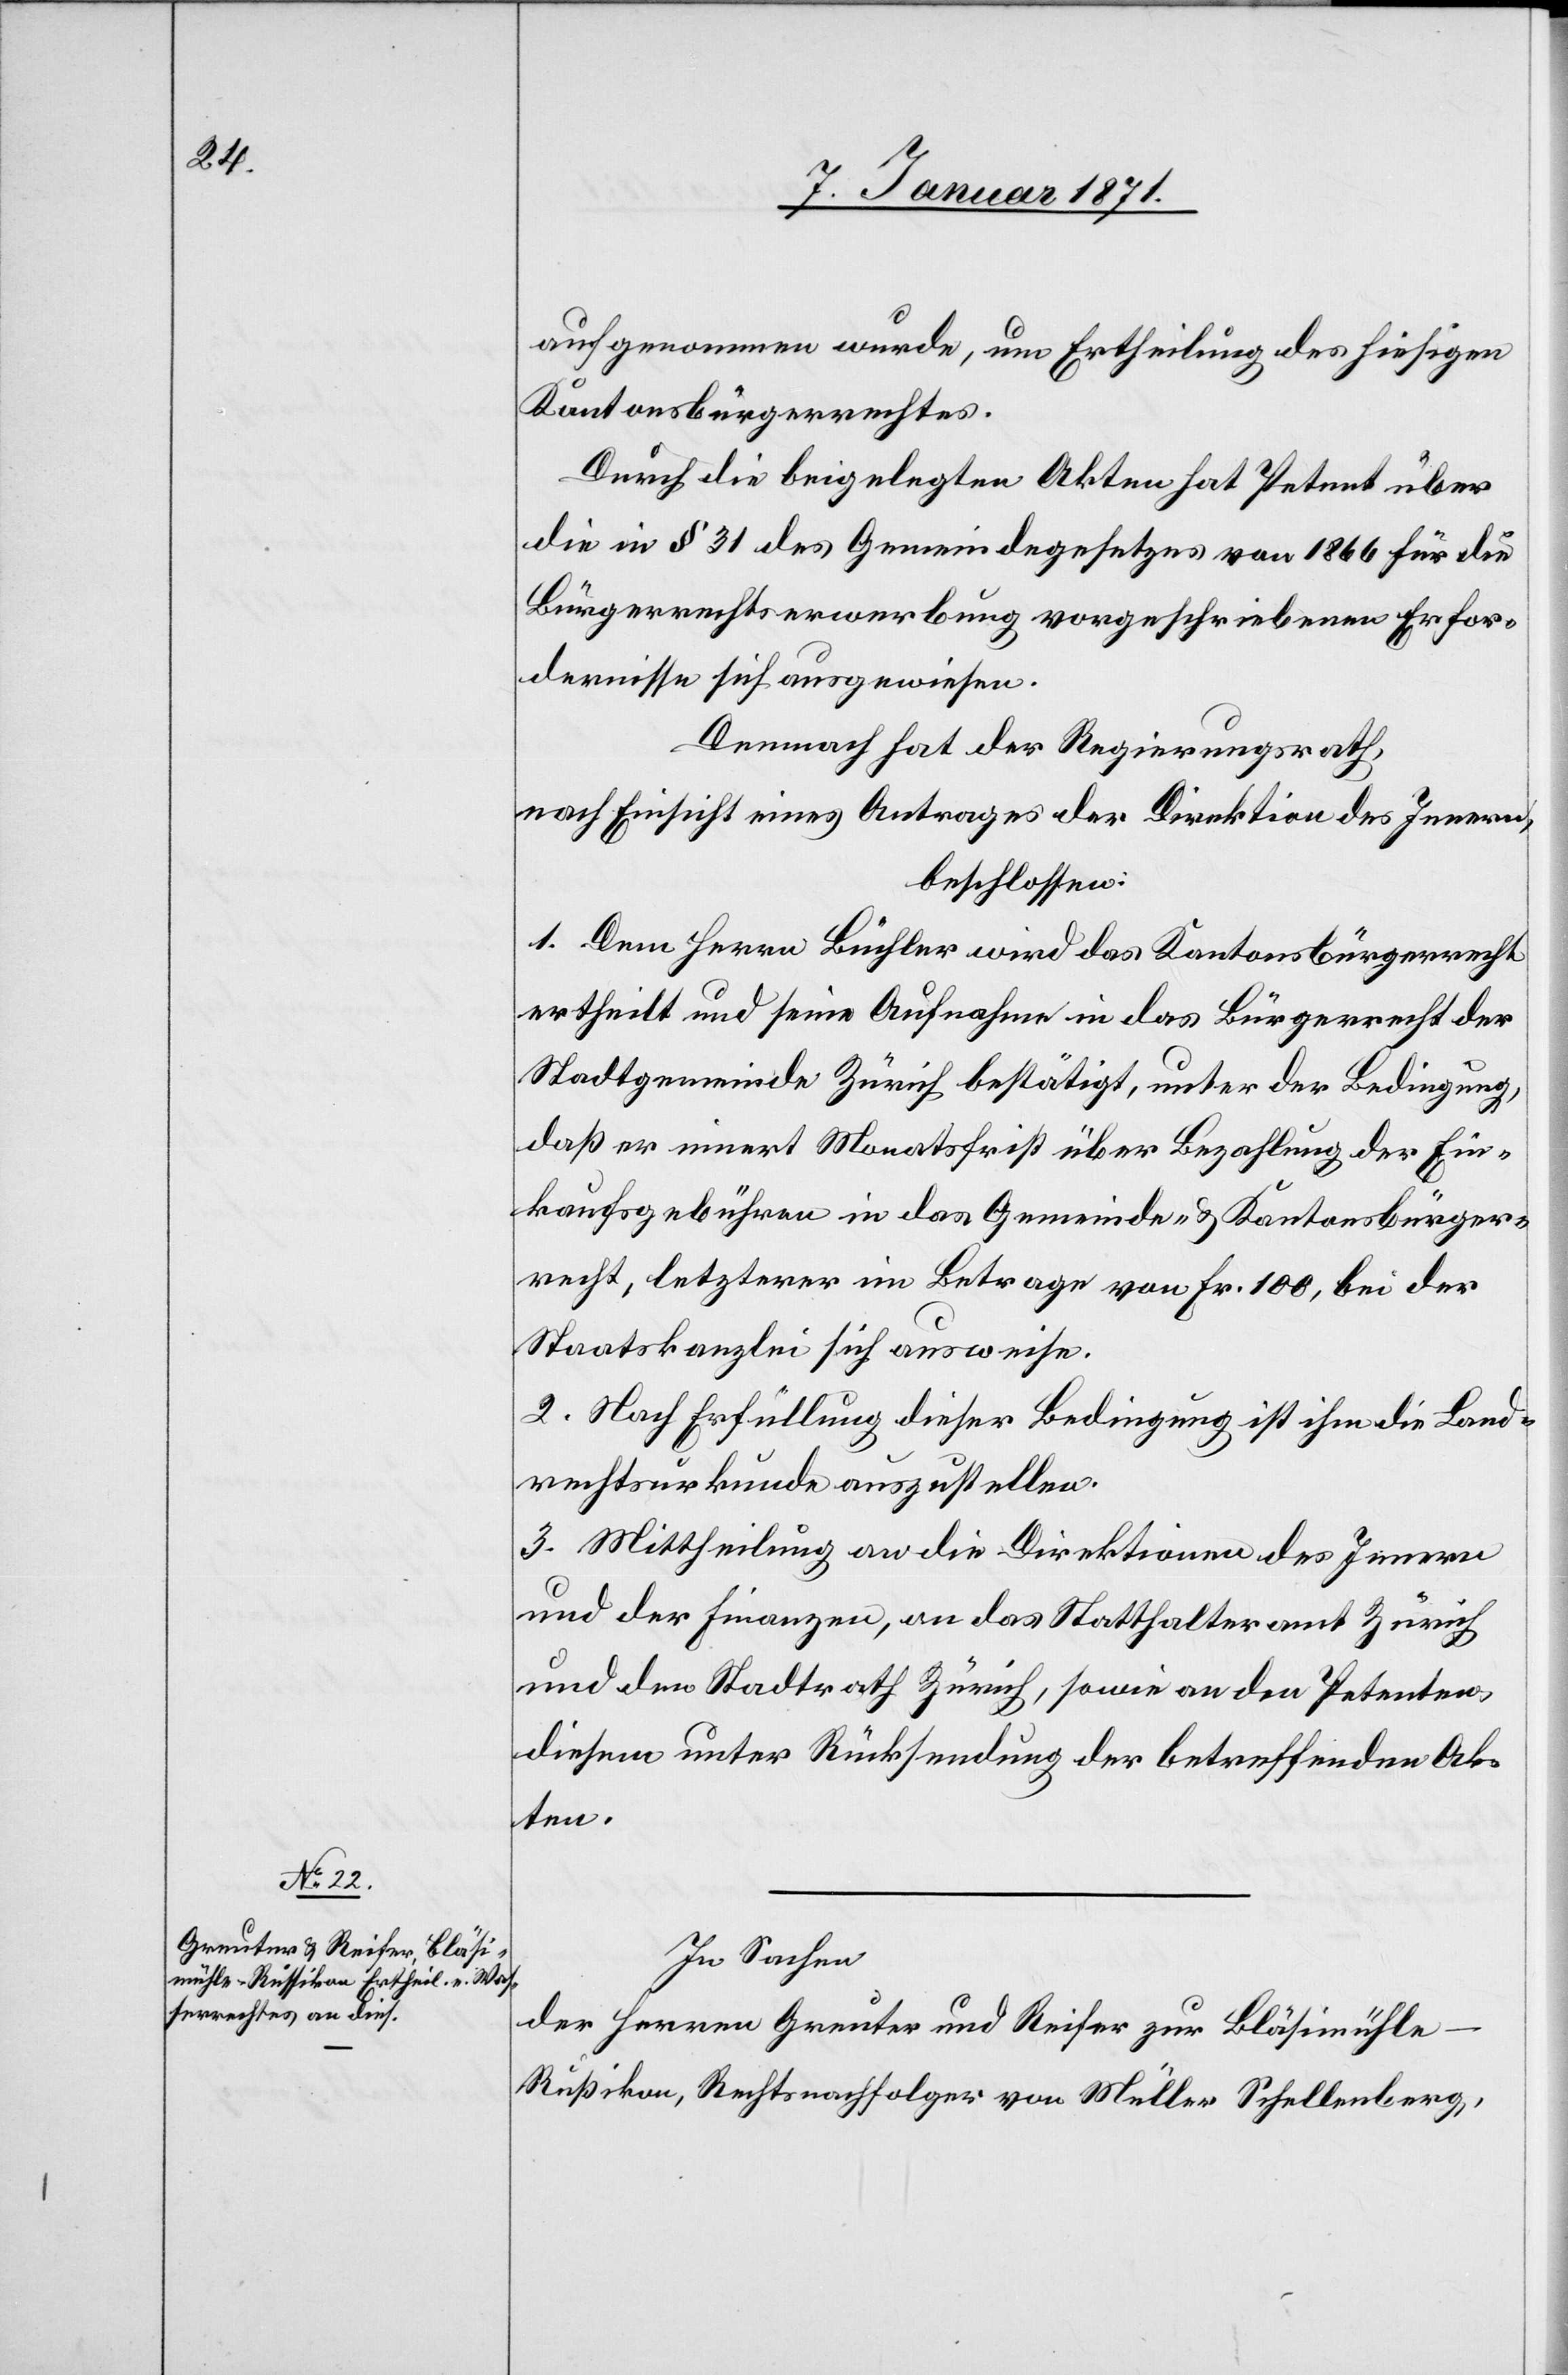
aufgenommen wurde, um Ertheilung des hiesigen
Kantonsbürgerrechtes.
Durch die beigelegten Akten hat Petent über
die in § 31 des Gemeindegesetzes von 1866 für die
Bürgerrechtserwerbung vorgeschriebenen Erfor¬
dernisse sich ausgewiesen.
Demnach hat der Regierungsrath,
nach Einsicht eines Antrages der Direktion des Innern,
beschlossen:
1. Dem Herrn Büchler wird das Kantonsbürgerrecht
ertheilt und seine Aufnahme in das Bürgerrecht der
Stadtgemeinde Zürich bestätigt, unter der Bedingung,
daß er innert Monatsfrist über Bezahlung der Ein¬
kaufsgebühren in das Gemeinde- u. Kantonsbürger¬
recht, letzterer im Betrage von Fr. 100, bei der
Staatskanzlei sich ausweise.
2. Nach Erfüllung dieser Bedingung ist ihm die Land¬
rechtsurkunde auszustellen.
3. Mittheilung an die Direktionen des Innern
und der Finanzen, an das Statthalteramt Zürich
und den Stadtrath Zürich, sowie an den Petenten,
diesem unter Rücksendung der betreffenden Ak¬
ten.
In Sachen
der Herren Greuter und Reifer zur Bläsimühle
Rußikon, Rechtsnachfolger von Müller Schellenberg,